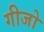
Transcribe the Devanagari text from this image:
गीजो